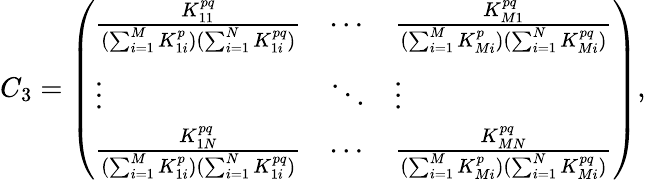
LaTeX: C_{3}=\left(\begin{array}{lll}{\frac{K_{11}^{pq}}{(\sum_{i=1}^{M}K_{1i}^{p})(\sum_{i=1}^{N}K_{1i}^{pq})}}&{\cdots}&{\frac{K_{M1}^{pq}}{(\sum_{i=1}^{M}K_{Mi}^{p})(\sum_{i=1}^{N}K_{Mi}^{pq})}}\\ {\vdots}&{\ddots}&{\vdots}\\ {\frac{K_{1N}^{pq}}{(\sum_{i=1}^{M}K_{1i}^{p})(\sum_{i=1}^{N}K_{1i}^{pq})}}&{\cdots}&{\frac{K_{MN}^{pq}}{(\sum_{i=1}^{M}K_{Mi}^{p})(\sum_{i=1}^{N}K_{Mi}^{pq})}}\end{array}\right),